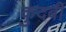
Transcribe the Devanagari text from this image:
कुदबी